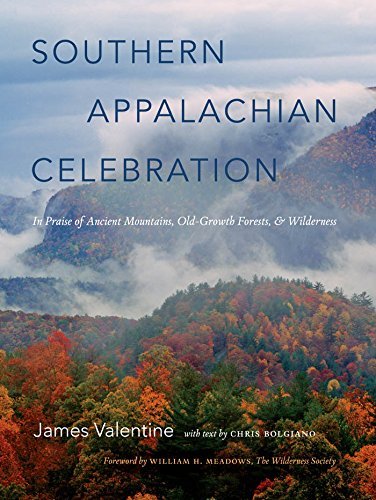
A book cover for Southern Appalachian Celebration: In Praise of Ancient Mountains, Old-Growth Forests, and Wilderness; James Valentine; Science & Math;